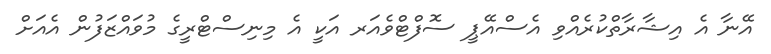
އޭނާ އެ އިޝާރާތްކުރެއްވި އެސްއޭޕީ ސޮފްޓްވެެއަރ އަކީ އެ މިނިސްޓްރީގެ މުވައްޒަފުން އެއަށް